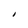
Character: I